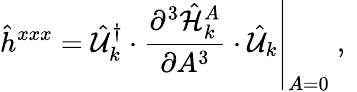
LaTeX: \hat{h}^{xxx}=\left.\hat{\mathcal{U}}_{k}^{\dagger}\cdot\frac{\partial^{3}\hat{\mathcal{H}}_{k}^{A}}{\partial A^{3}}\cdot\hat{\mathcal{U}}_{k}\right\vert_{A=0}\mathrm{~,~}